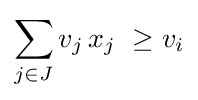
\sum _{j\in J}v_{j}\,x_{j}\ \geq v_{i}